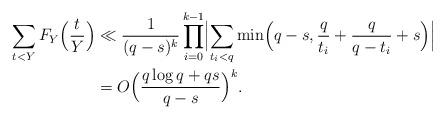
LaTeX: \begin{align*}\sum_{t<Y}F_{Y}\Bigl(\frac{t}{Y}\Bigr)&\ll \frac{1}{(q-s)^k}\prod_{i=0}^{k-1}\Bigl|\sum_{t_i<q}\min\Bigl(q-s,\frac{q}{t_i}+\frac{q}{q-t_i}+s\Bigr)\Bigr|\\&= O\Bigl(\frac{q\log{q}+q s}{q-s}\Bigr)^k.\end{align*}